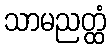
သာမညတ္ထံ